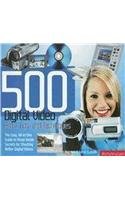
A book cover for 500 Digital Video Hints, Tips, and Techniques: The Easy, All-In-One Guide to those Inside Secrets for Shooting Better Digital Photography; Rob Hull; Humor & Entertainment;